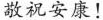
敬祝安康！